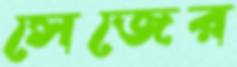
সেজের